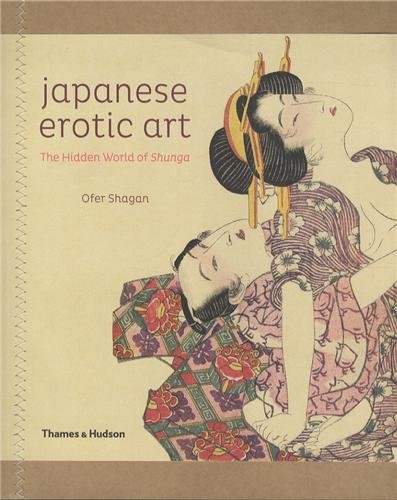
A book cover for Japanese Erotic Art; Ofer Shagan; Arts & Photography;